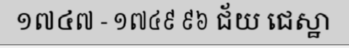
១៧៤៧ - ១៧៤៩ ៩៦ ជ័យ ជេស្ឋា